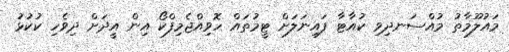
މައުލޫމާތު މުއްސަނދިވި ކުއާޓާ ފައިނަލަށް ޓީމުތައް ހޮވިއްޖެމިފްކޯ އިން އީދަށް ދިވެހި ކުކުޅު